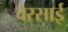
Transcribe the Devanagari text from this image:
वेरसाई